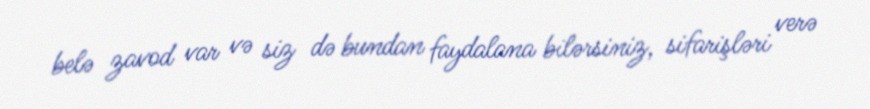
belə zavod var və siz də bundan faydalana bilərsiniz, sifarişləri verə